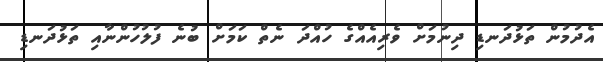
އެދުމުން ތަޅުދަނޑި ދިނުމަށް ވެރިއެއްގެ ހުއްދަ ނެތް ކަމަށް ބުނެ ފުލުހުންނާއި ތަޅުދަނޑި